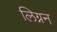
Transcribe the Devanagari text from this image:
लिग्नन